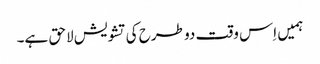
ہمیں اِس وقت دو طرح کی تشویش لاحق ہے۔